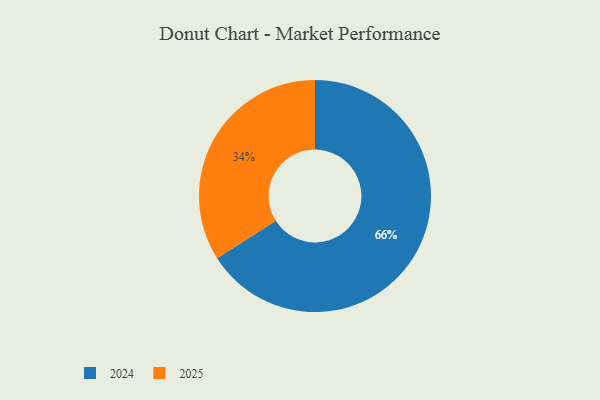
{"axis": {"x": "Category", "y": "Percentage"}, "legend": ["2024", "2025"], "data": [{"x": "2025", "y": 34, "type": "2025"}, {"x": "2024", "y": 66, "type": "2024"}]}